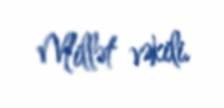
Millət vəkili.